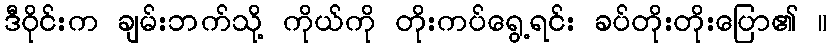
ဒီဝိုင်းက ချမ်းဘက်သို့ ကိုယ်ကို တိုးကပ်ရွေ့ရင်း ခပ်တိုးတိုးပြော၏ ။